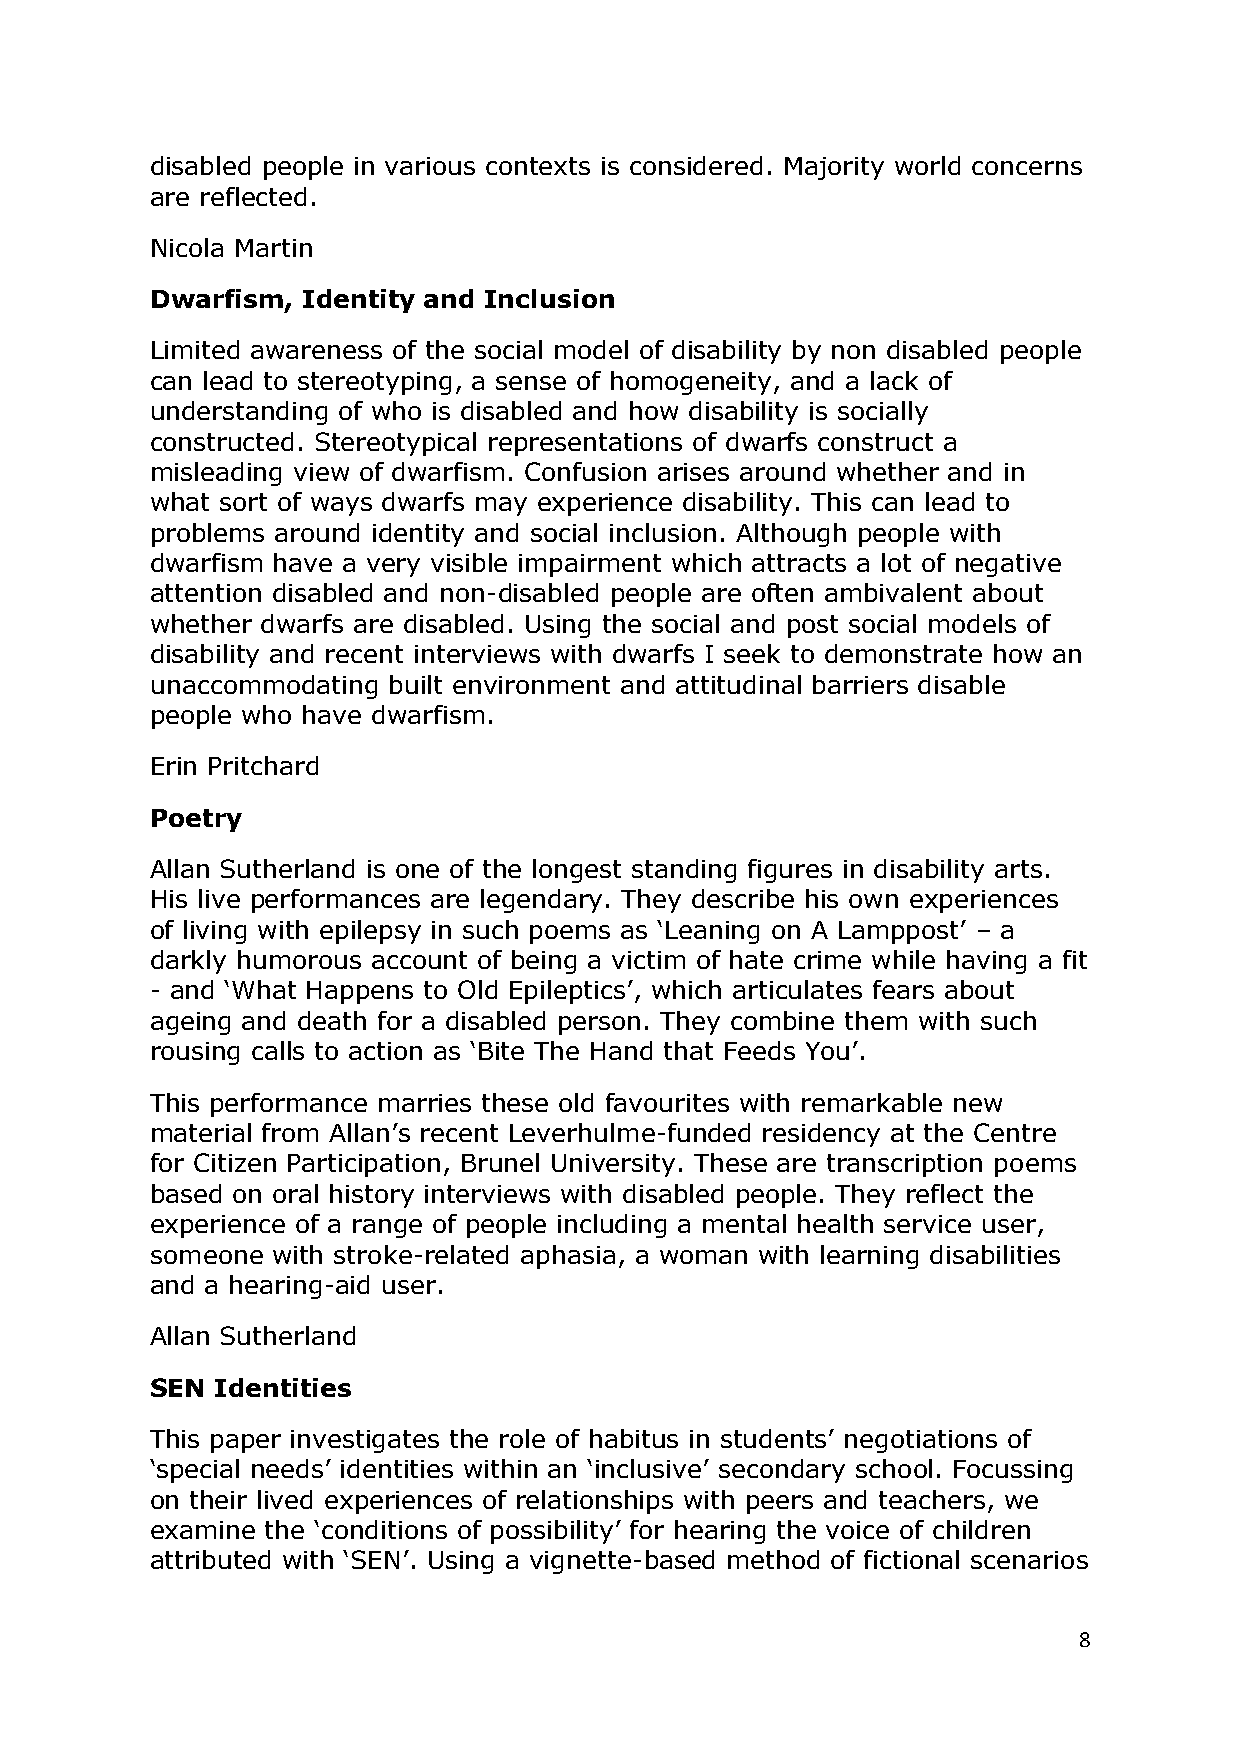
disabled people in various contexts is considered. Majority world concerns
 are reflected.
 Nicola Martin
 Dwarfism, Identity and Inclusion
 Limited awareness of the social model of disability by non disabled people
 can lead to stereotyping, a sense of homogeneity, and a lack of
 understanding of who is disabled and how disability is socially
 constructed. Stereotypical representations of dwarfs construct a
 misleading view of dwarfism. Confusion arises around whether and in
 what sort of ways dwarfs may experience disability. This can lead to
 problems around identity and social inclusion. Although people with
 dwarfism have a very visible impairment which attracts a lot of negative
 attention disabled and non-disabled people are often ambivalent about
 whether dwarfs are disabled. Using the social and post social models of
 disability and recent interviews with dwarfs I seek to demonstrate how an
 unaccommodating built environment and attitudinal barriers disable
 people who have dwarfism.
 Erin Pritchard
 Poetry
 Allan Sutherland is one of the longest standing figures in disability arts.
 His live performances are legendary. They describe his own experiences
 of living with epilepsy in such poems as ‗Leaning on A Lamppost‘ – a
 darkly humorous account of being a victim of hate crime while having a fit
 - and ‗What Happens to Old Epileptics‘, which articulates fears about
 ageing and death for a disabled person. They combine them with such
 rousing calls to action as ‗Bite The Hand that Feeds You‘.
 This performance marries these old favourites with remarkable new
 material from Allan‘s recent Leverhulme-funded residency at the Centre
 for Citizen Participation, Brunel University. These are transcription poems
 based on oral history interviews with disabled people. They reflect the
 experience of a range of people including a mental health service user,
 someone with stroke-related aphasia, a woman with learning disabilities
 and a hearing-aid user.
 Allan Sutherland
 SEN Identities
 This paper investigates the role of habitus in students‘ negotiations of
 ‗special needs‘ identities within an ‗inclusive‘ secondary school. Focussing
 on their lived experiences of relationships with peers and teachers, we
 examine the ‗conditions of possibility‘ for hearing the voice of children
 attributed with ‗SEN‘. Using a vignette-based method of fictional scenarios
 8